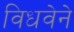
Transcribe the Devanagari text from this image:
विधवेने